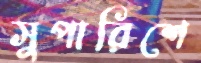
সুপারিশে